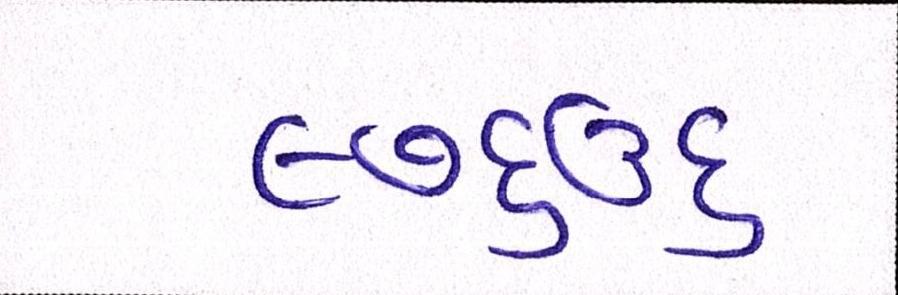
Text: ૯૭૬૩૬